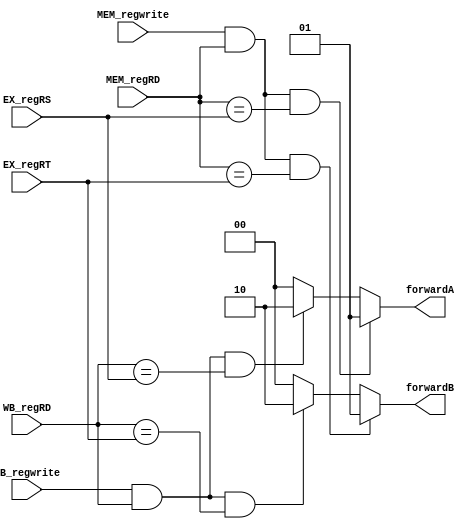
//109550073
`timescale 1ns / 1ps
//////////////////////////////////////////////////////////////////////////////////
// Company: 
// Engineer: 
// 
// Design Name: 
// Module Name: Forwarding_Unit
// Project Name: 
// Target Devices: 
// Tool Versions: 
// Description: 
// 
// Dependencies: 
// 
// Revision:
// Revision 0.01 - File Created
// Additional Comments:
// 
//////////////////////////////////////////////////////////////////////////////////

module Forwarding_Unit(
          WB_regwrite,
          MEM_regwrite,
          EX_regRS,
          EX_regRT,
          MEM_regRD,
          WB_regRD,
          forwardA,
          forwardB            
          );
          
//I/O ports 
input      WB_regwrite;
input      MEM_regwrite;
input      [4:0] EX_regRS, EX_regRT, MEM_regRD, WB_regRD;
output     [1:0] forwardA, forwardB;    
     
//Internal Signals
reg        [1:0] forwardA;
reg        [1:0] forwardB;
//Parameter

       
//Select exact operation
always @*
    begin
        if ((MEM_regwrite) && (MEM_regRD) && (MEM_regRD == EX_regRS))
            forwardA <= 2'b01;
        else if ((WB_regwrite) && (WB_regRD) && (WB_regRD == EX_regRS))
            forwardA <= 2'b10;  
        else    
            forwardA <= 2'b00;

        if ((MEM_regwrite) && (MEM_regRD) && (MEM_regRD == EX_regRT))
            forwardB  <= 2'b01;
        else if ((WB_regwrite) && (WB_regRD) && (WB_regRD == EX_regRT))
            forwardB <= 2'b10;  
        else    
            forwardB <= 2'b00;
     end
endmodule